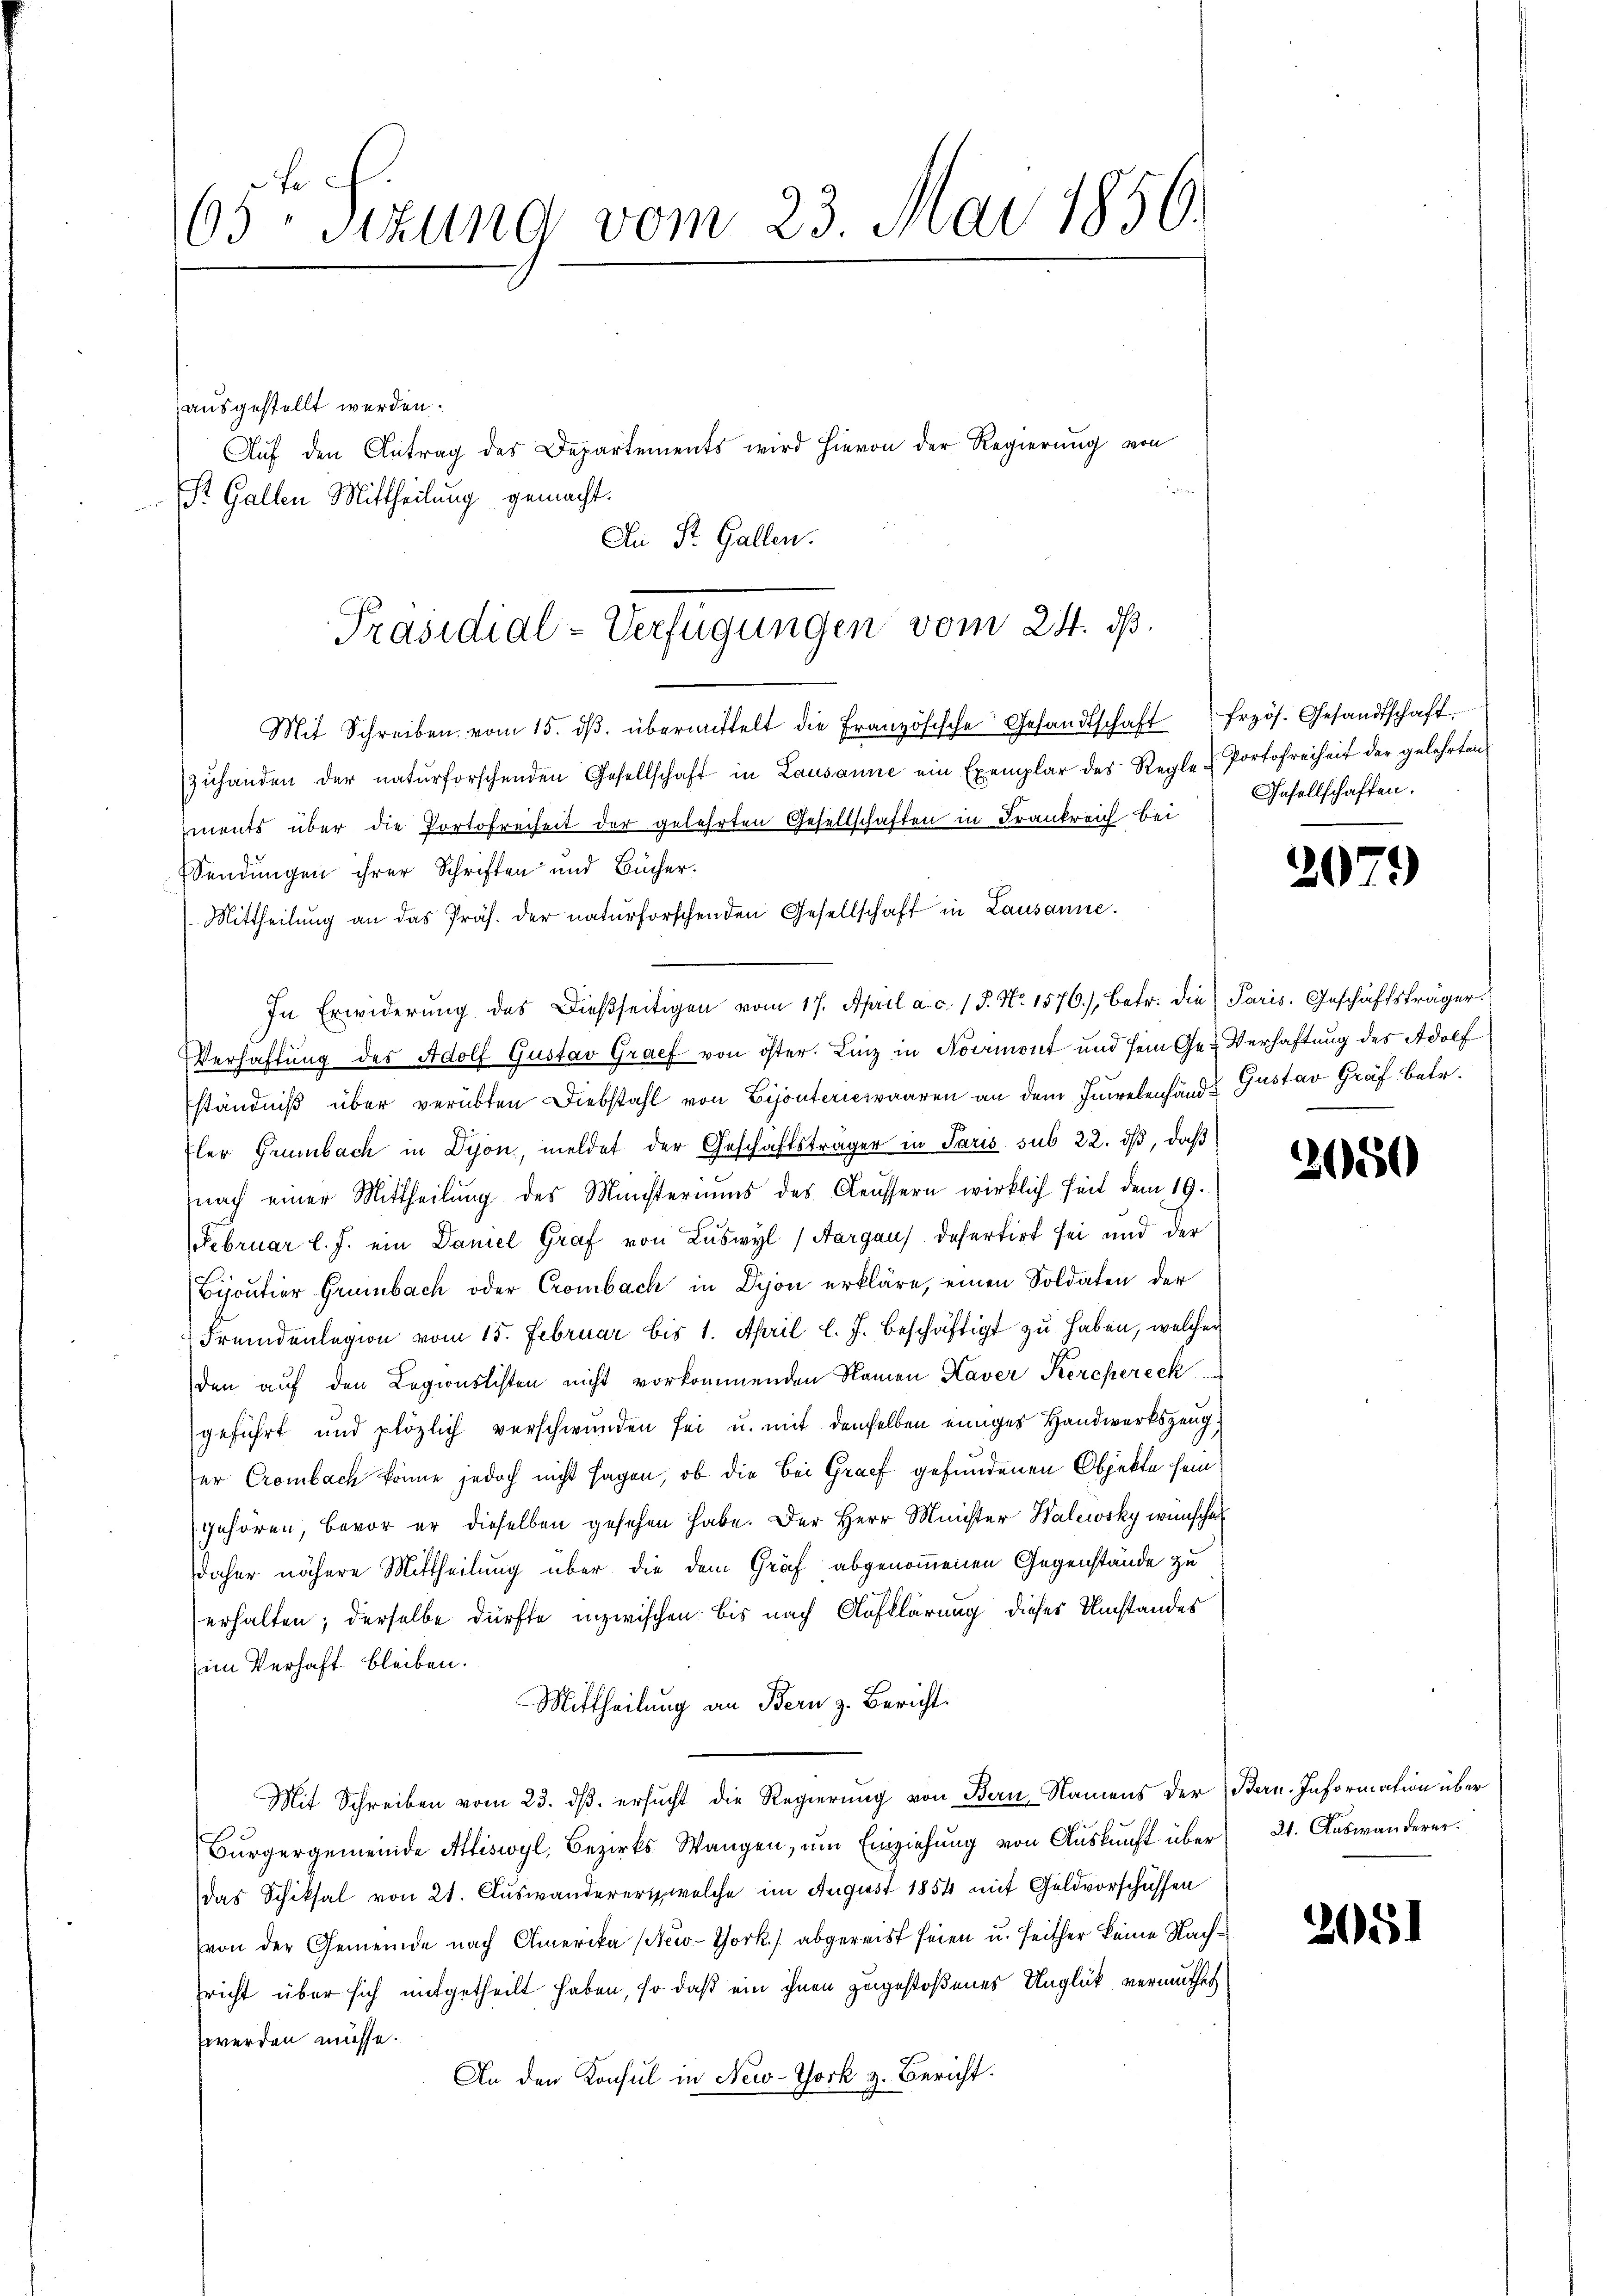
65ten Sizung vom 23. Mai 1850.

ausgestellt werden.
St. Gallen Mittheilung gemacht.

Auf den Antrag des Departements wird hievon der Regierung von

An St. Gallen.

Präsidial-Verfügungen vom 24. ds.

Mit Schreiben vom 15. dβ. übermittelt die Französische Gesandtschaft frzös. Gesandtschaft
zŭhanden der naturforschenden Gesellschaft in Lausanne ein Exemplar des Regle & Portofreiheit der gelehrten
ments über die Portofreiheit der gelehrten Gesellschaften in Frankreich bei
Sendungen ihrer Schriften und Bücher.
Mittheilung an das Präs. der naturforschenden Gesellschaft in Lausanne.
In Erwiderŭng des Dießseitigen vom 17. April a. c. 1 S. Nr. 1576), betr. die Paris. Geschäftsträger.
Verhaftung des Adolf Gustav Graef von öster. Linz in Noermont und sein Ge-Verhaftung des Adolf
ständniß über verübten Diebstahl von Bijouteriewaaren an dem Innebenhände Gustav Graf betr.
fler Grünbach in Dyon, meldet der Geschäftsträger in Paris sub 22. dβ, daß
nach einer Mittheilŭng des Münsteriums des Aeussern wirklich seit dem 19.
FFebruar l. J. ein Daniel Graf von Luswyl (Aargaus defertirt sei und der
Bijoutier Grünbach oder Crombach in Dion erkläre, einen Soldaten der
Fremdenlegion vom 15. Februar bis 1. April l. J. beschäftigt zŭ haben, welcher
den auf den Legionslisten nicht vorkommenden Namen Kaver Kerchereck
geführt und plözlich verschwunden sei u. mit demselben einiges Handwerkszeuger Crombach könne jedoch nicht sagen, ob die Bei Graf gefundenen Objekte sein
gehören, bevor er dieselben gesehen habe. Der Herr Minister Walewsky wünsche
daher nähere Mittheilung über die dem Graf abgenommenen Gegenstände zu
erhalten; derselbe dürfte inzwischen bis nach Aufklärung dieser Umstandes
im Verhaft bleiben.
Mittheilung an Bern z. Bericht.
Mit Schreiben vom 23. ds. ersucht die Regierung von Bern Namens der Bern. Information über
Bürgergemeinde Attiswyl, Bezirks Wangen, ŭm Einziehŭng von Aŭskŭnft über (2. Auswanderer.
das Schiksal von 21. Auswanderer, welche im August 1854 mit Geldvorschüssen
von der Gemeinde nach Amerika (New-York, abgereist seien u. seither keine Nachricht über sich mitgetheilt haben, so daß ein ihnen zugestoßenes Unglück vermuthet
werden müsse.
An den Konsul in New-York z. Bericht.

Insellschaften.

2

)

3050

2051